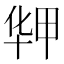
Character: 𰅻